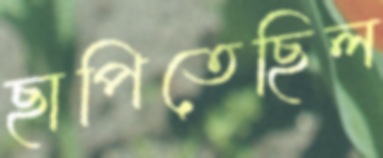
ছাপিতেছিল